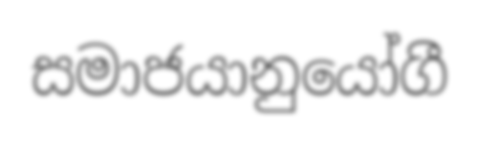
සමාජයානුයෝගී